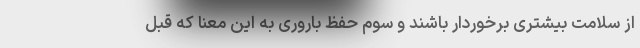
از سلامت بیشتری برخوردار باشند و سوم حفظ باروری به این معنا که قبل